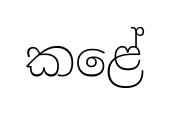
කළේ